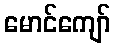
မောင်ကျော်